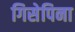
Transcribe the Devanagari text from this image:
गिसेपिना